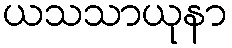
ယသသာယုနာ